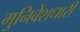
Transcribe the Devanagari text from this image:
मुनिवेशधारी